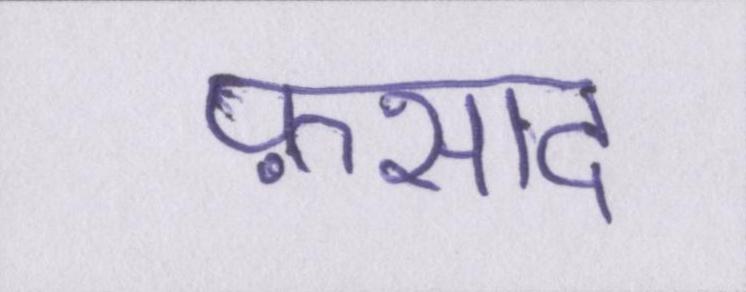
फ़साद